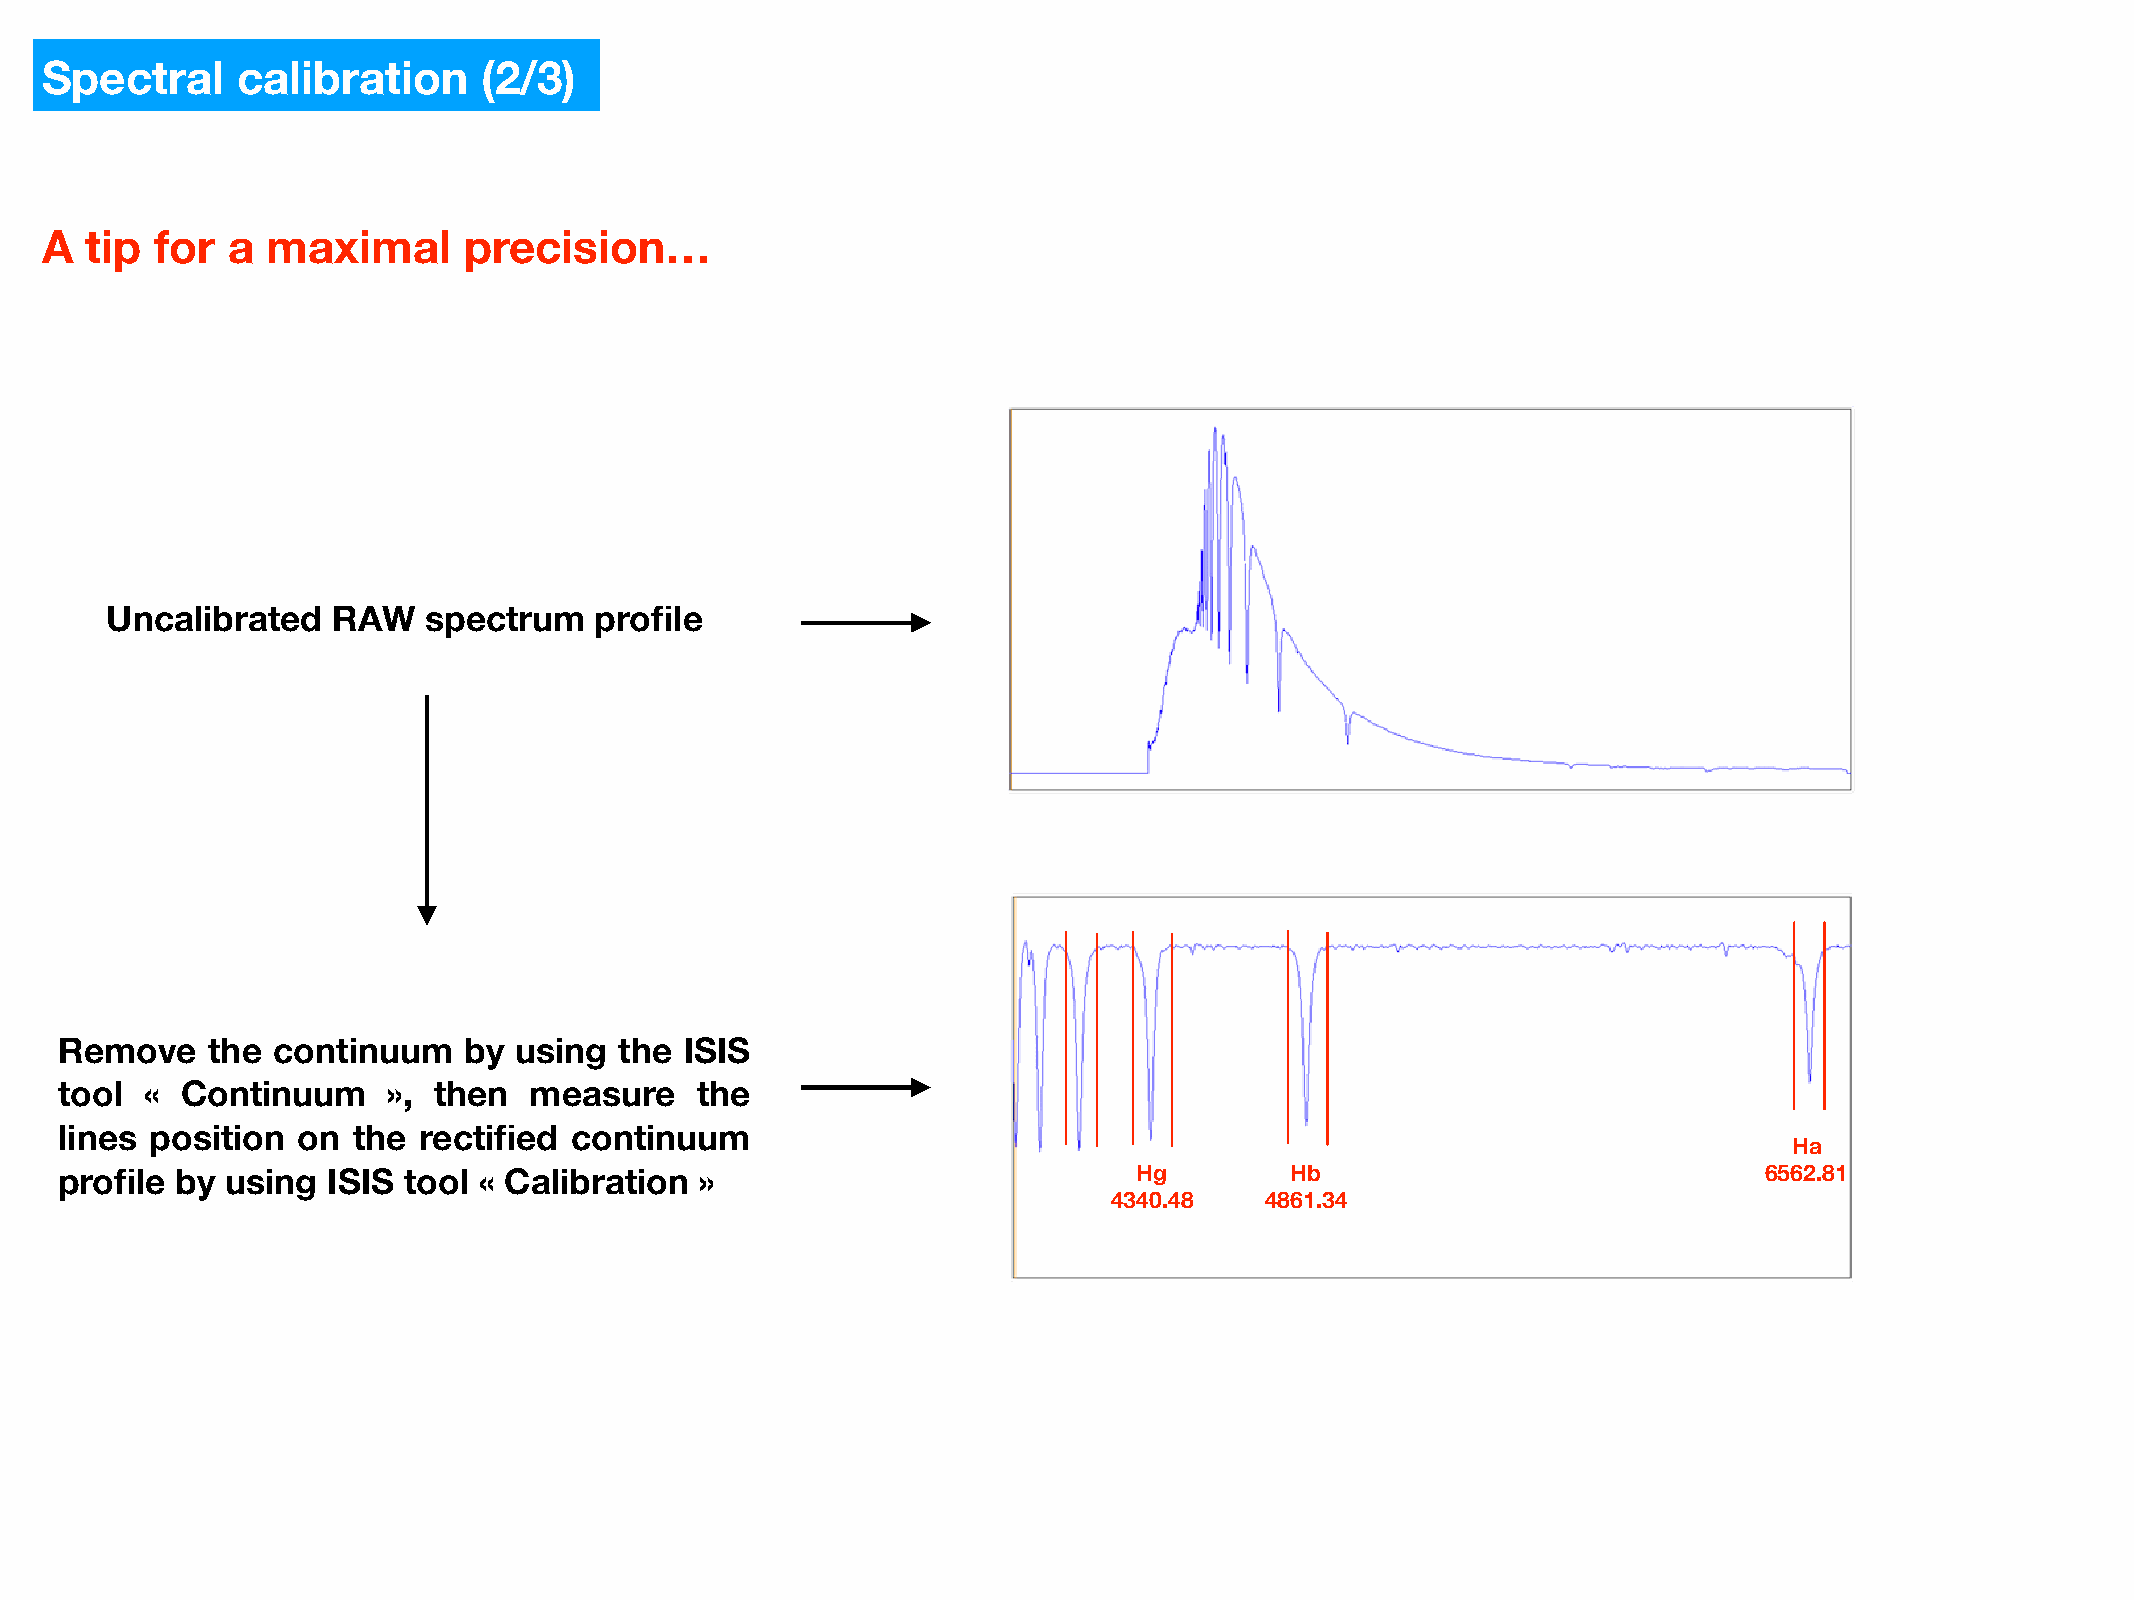
Spectral     calibration     (2/3)
 A  tip for  a  maximal      precision…
 Uncalibrated   RAW   spectrum   profile
 Remove    the continuum    by using  the ISIS
 tool  « Continuum     », then  measure    the
 lines position  on the  rectified continuum
 Ha
 profile by using  ISIS tool « Calibration »                            Hg        Hb                              6562.81
 4340.48   4861.34